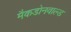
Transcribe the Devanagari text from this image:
मैकडोनवाल्ड